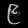
Digit: ၉